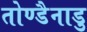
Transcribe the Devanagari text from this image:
तोण्डैनाडु